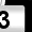
Digit: 3